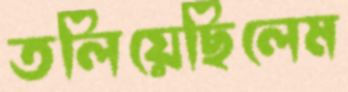
তলিয়েছিলেম